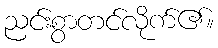
ညင်းစွာတင်လိုက်၏။